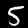
Label: 5